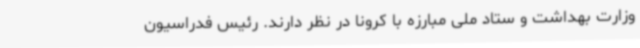
وزارت بهداشت و ستاد ملی مبارزه با کرونا در نظر دارند. رئیس فدراسیون